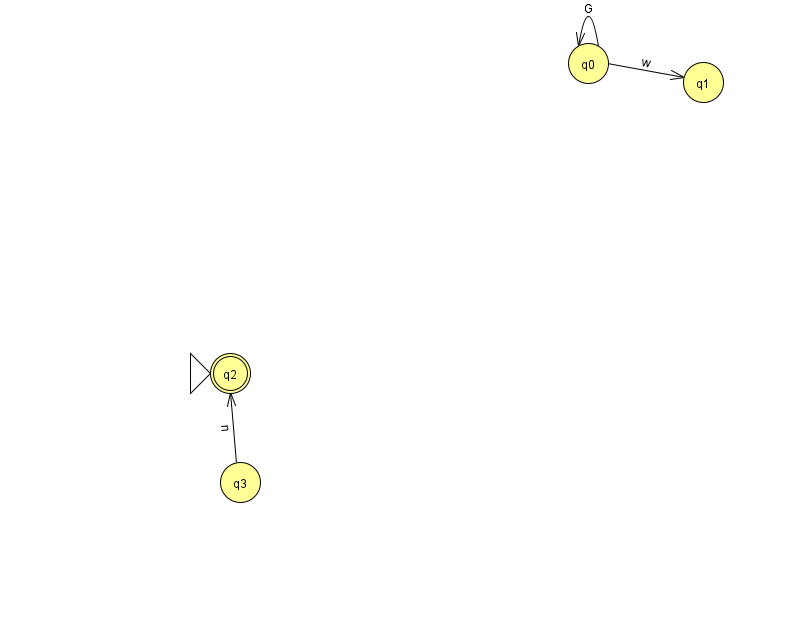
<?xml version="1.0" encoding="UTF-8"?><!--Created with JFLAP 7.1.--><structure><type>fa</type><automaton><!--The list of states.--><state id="0" name="q0"><x>588.0</x><y>50.0</y></state><state id="1" name="q1"><x>703.0</x><y>69.0</y></state><state id="2" name="q2"><x>230.0</x><y>360.0</y><initial/><final/></state><state id="3" name="q3"><x>240.0</x><y>469.0</y></state><!--The list of transitions.--><transition><from>0</from><to>0</to><read>G</read></transition><transition><from>0</from><to>1</to><read>w</read></transition><transition><from>3</from><to>2</to><read>n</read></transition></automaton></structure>